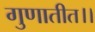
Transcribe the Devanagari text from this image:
गुणातीत।।